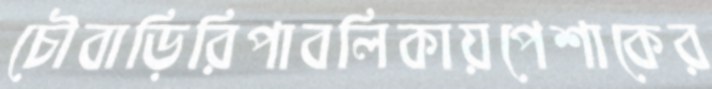
চৌবাড়িরিপাবলিকায়পেশাকের